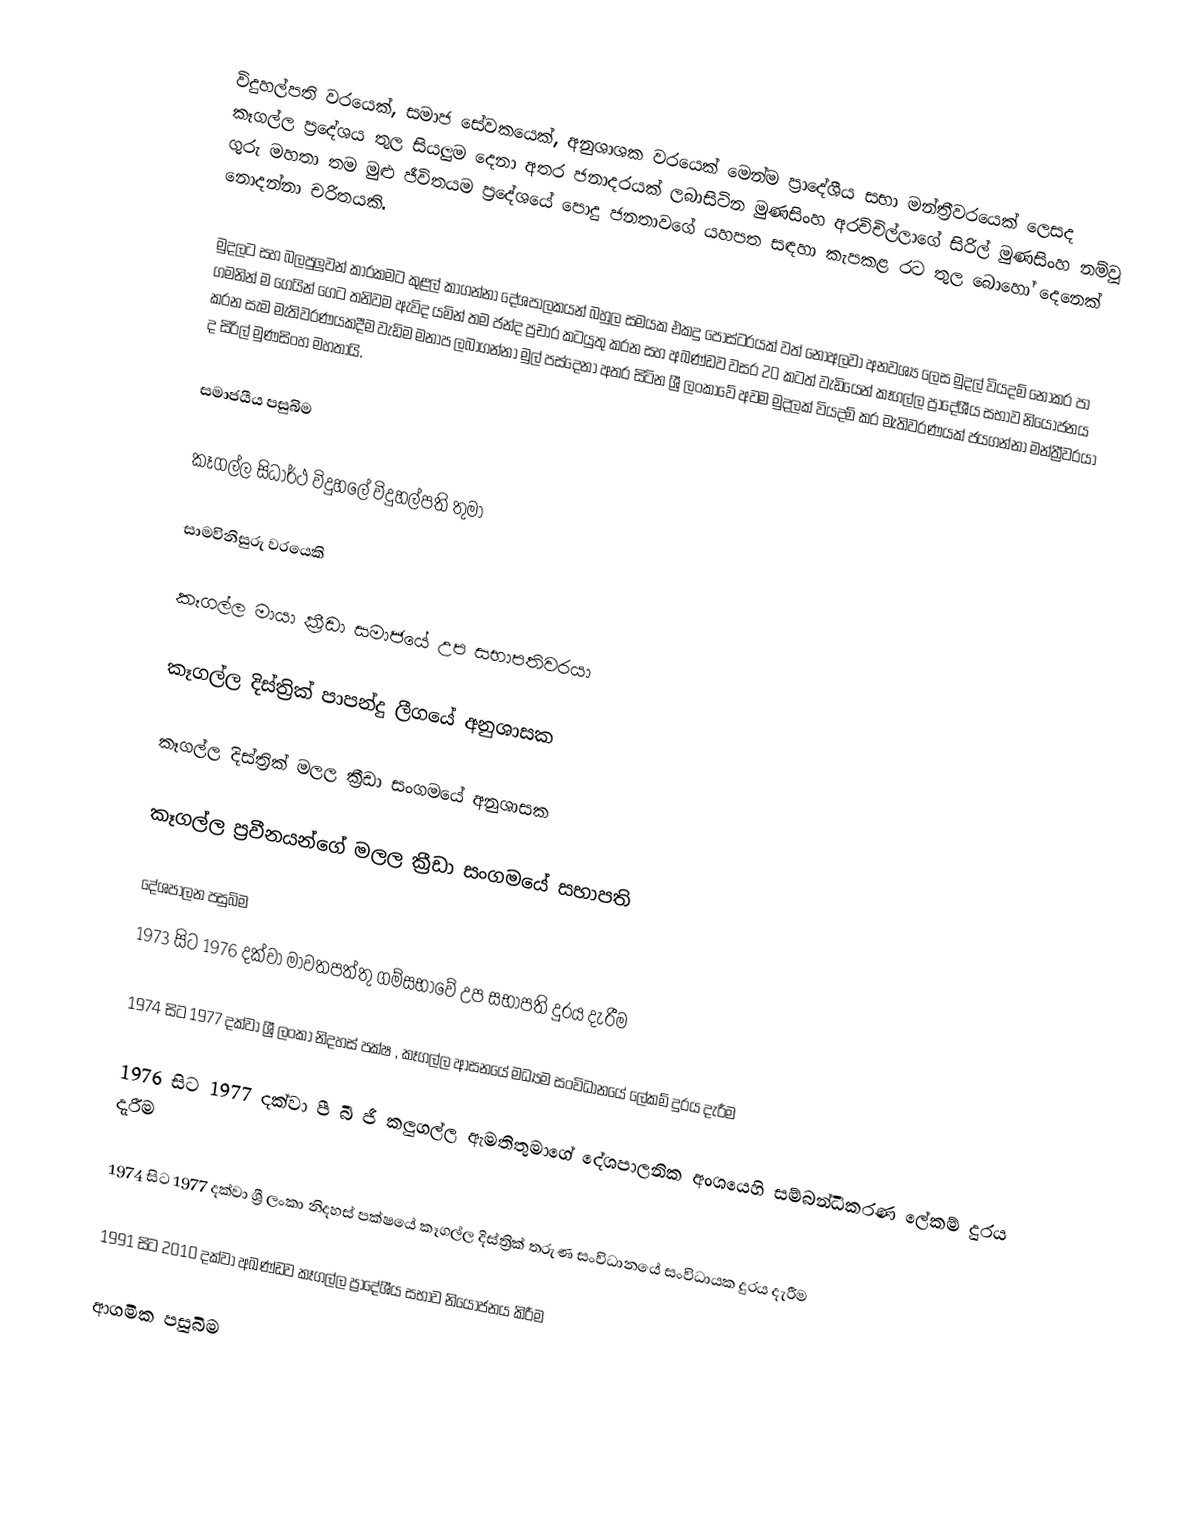
විදුහල්පති වරයෙක්, සමාජ සේවකයෙක්, අනුශාශක වරයෙක් මෙන්ම ප්‍රාදේශීය සභා මන්ත්‍රීවරයෙක් ලෙසද කෑගල්ල ප්‍රදේශය තුල සියලුම දෙනා අතර ජනාදරයක් ලබාසිටින මුණසිංහ අරච්චිල්ලාගේ සිරිල් මුණසිංහ නම්වූ ගුරු මහතා  තම මුළු ජීවිතයම ප්‍රදේශයේ පොදු ජනතාවගේ යහපත සඳහා කැපකළ රට තුල බොහෝ දෙනෙක් නොදන්නා චරිතයකි.

මුදලට සහ බලපුලුවන් කාරකමට කුළල් කාගන්නා දේශපාලකයන් බහුල සමයක එකදු පෝස්ටරයක් වත් නොඅලවා අනවශ්‍ය ලෙස මුදල් වියදම් නොකර පා ගමනින් ම ගෙයින් ගෙට තනිවම ඇවිද යමින් තම ජන්ද ප්‍රචාර කටයුතු කරන සහ අඛණ්ඩව වසර 20 කටත් වැඩියෙන් කෑගල්ල ප්‍රාදේශීය සභාව නියෝජනය කරන සැම මැතිවරණයකදීම වැඩිම මනාප ලබාගන්නා මුල් පස්දෙනා අතර සිටින ශ්‍රී ලංකාවේ  අවම  මුදලක් වියදම් කර මැතිවරණයක් ජයගන්නා මන්ත්‍රීවරයා ද  සිරිල් මුණසිංහ මහතායි.

සමාජයීය පසුබිම

කෑගල්ල සිධාර්ථ විදුහලේ විදුහල්පති තුමා

සාමවිනිසුරු වරයෙකි

කෑගල්ල මායා ක්‍රීඩා සමාජයේ උප සභාපතිවරයා

කෑගල්ල දිස්ත්‍රික් පාපන්දු ලීගයේ අනුශාසක

කෑගල්ල දිස්ත්‍රික් මලල ක්‍රීඩා සංගමයේ අනුශාසක

කෑගල්ල ප්‍රවීනයන්ගේ මලල ක්‍රීඩා සංගමයේ සභාපති

දේශපාලන පසුබිම
1973 සිට 1976 දක්වා මාවතපත්තු ගම්සභාවේ උප සභාපති දුරය දැරීම

1974 සිට 1977 දක්වා ශ්‍රී ලංකා නිදහස් පක්ෂ , කෑගල්ල ආසනයේ මධ්‍යම සංවිධානයේ ලේකම් දුරය දැරීම

1976 සිට 1977 දක්වා පී බී ජී කලුගල්ල ඇමතිතුමාගේ දේශපාලනික අංශයෙහි සම්බන්ධීකරණ ලේකම් දුරය දැරීම

1974 සිට 1977 දක්වා ශ්‍රී ලංකා නිදහස් පක්ෂයේ කෑගල්ල දිස්ත්‍රික් තරුණ සංවිධානයේ සංවිධායක දුරය දැරීම

1991 සිට 2010 දක්වා අඛණ්ඩව කෑගල්ල ප්‍රාදේශීය සභාව නියෝජනය කිරීම

ආගමික පසුබිම